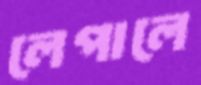
লেপালে